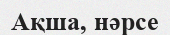
Ақша, нәрсе